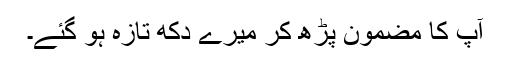
آپ کا مضمون پڑھ کر میرے دکھ تازہ ہو گئے۔